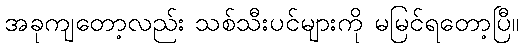
အခုကျတော့လည်း သစ်သီးပင်များကို မမြင်ရတော့ပြီ။